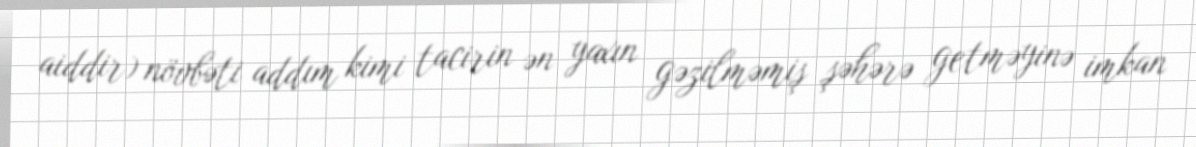
aiddir) növbəti addım kimi tacirin ən yaxın gəzilməmiş şəhərə getməyinə imkan